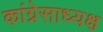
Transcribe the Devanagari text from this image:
कांग्रेसाध्यक्ष